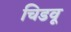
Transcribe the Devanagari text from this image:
चिडवू